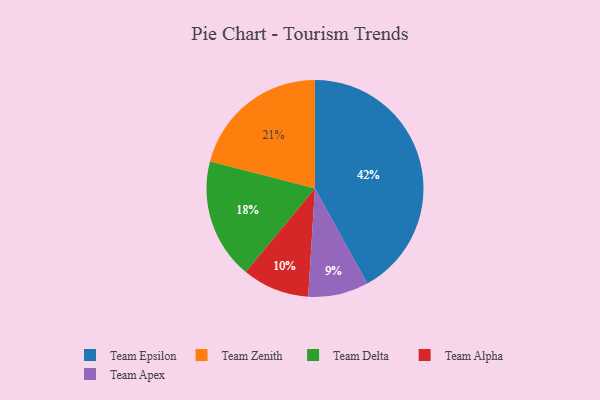
{"axis": {"x": "Category", "y": "Percentage"}, "legend": ["Team Alpha", "Team Apex", "Team Delta", "Team Epsilon", "Team Zenith"], "data": [{"x": "Team Apex", "y": 9, "type": "Team Apex"}, {"x": "Team Zenith", "y": 21, "type": "Team Zenith"}, {"x": "Team Delta", "y": 18, "type": "Team Delta"}, {"x": "Team Alpha", "y": 10, "type": "Team Alpha"}, {"x": "Team Epsilon", "y": 42, "type": "Team Epsilon"}]}